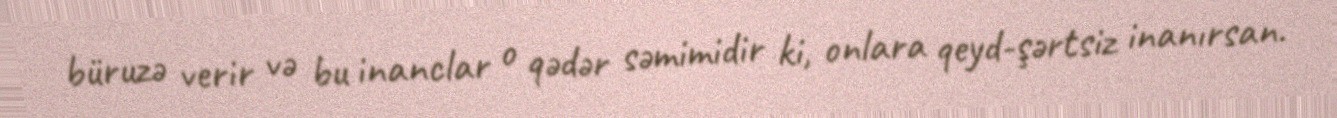
büruzə verir və bu inanclar o qədər səmimidir ki, onlara qeyd-şərtsiz inanırsan.